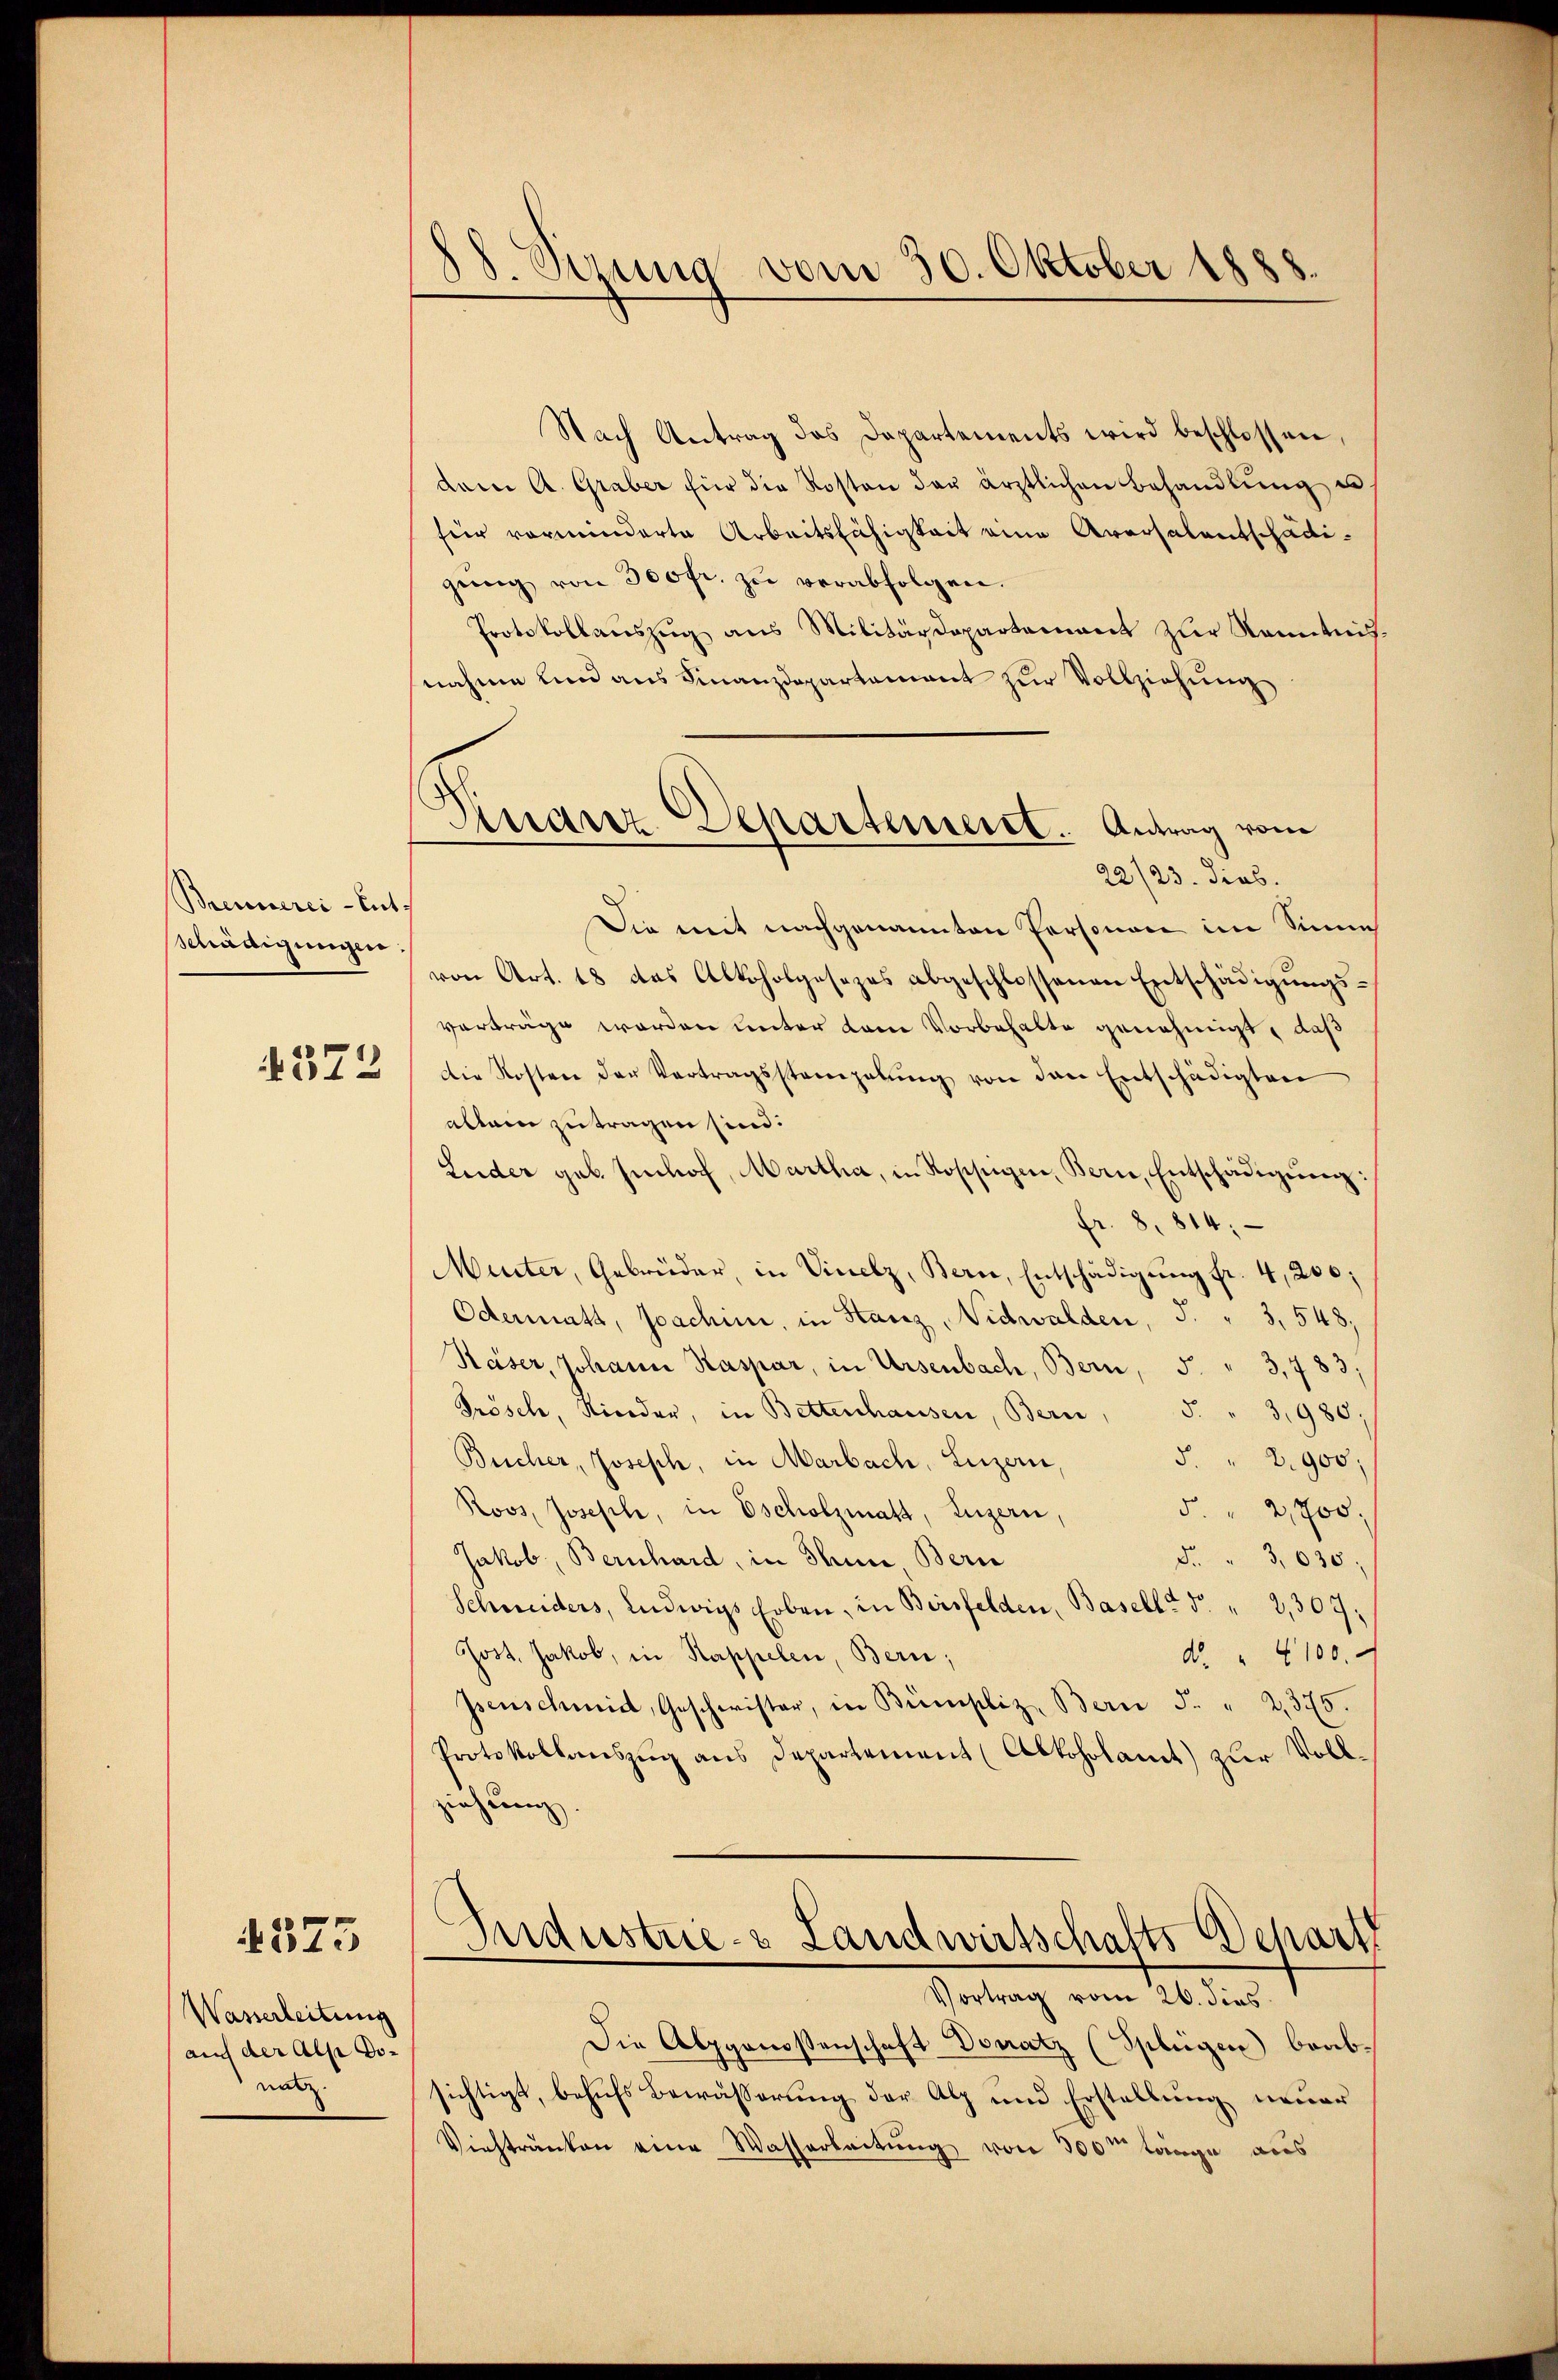
Brennerei-Ent-
schädigungen
4372

573

Wasserleitung
auf der Alpe Donatz

88. Sizung vom 30. Oktober 1888.

Dissarst. Separtement. Antrag vom

Nach Antrag das Departements wird beschlossen,
dem A. Graber für die Kosten das ärztlichen Behandlŭng u
für vormunderte Arbeitsfähigkeit eine Aversalentschädigŭng von 300fr. zŭ verabfolgen.
Protokollauszug aus Militärdepartement zur Kenntnisnahme und aus Finanzdepartamant zŭr Vollziehung
22/23. dies.
Die mit nachgenannten Personen im Sinne
von Art. 18 das Alkoholgesezes abgeschlossenen Entschädigŭngs-
vorträge werden unter kam Vorbehalte genehmigt, daß
Die Kosten der Vertragsstempelŭng von den Entschädigten
allein zutragen sind.
Luder geb. Imhof, Martha, in Rossigen, Bern, Entschädigŭng:
fr. 8814.
Murter, Gebrüder, in Vinelz, Bern, Entschädigŭng fr. 4,200,
Odermatt, Joachini, in Hanz, Nidwalden, 5. " 3, 548,
Käser, Johann Kaspar, in Ursenbach, Bern, 5 " 3,783;
Prösch, Kinder, in Bettenhausen, Bern, 5. " 3,980.
5. 2900;
Bucher, Joseph, in Marbach, Luzern,
Roos, Joseph, in Escholzmatt, Luzern,
5. " 2,700,
Jakob, Bernhard, in Seine Bern
d. " 3,030;
Schneiders, Ludwigs Erben, in Birsfelden, Baselli d. " 2,307;
Jost. Jakob, in Kappelen, Bern;
d. " 100.
psenschmid, Geschwister, in Bümpliz, Bern F. " 2,375.
Protokollauszug aus Departement (Alkoholamt zur Vollziehung

Industrie- & Landwirtschafts Schart
Vortrag vom 26. dies

Die Alpgenossenschaft Donatz (Splügen beabsichtigt, behufs Bewässerung der Alp und Erstellung neuer
Viehtränken eine Wasserleitung von 300m lange aus